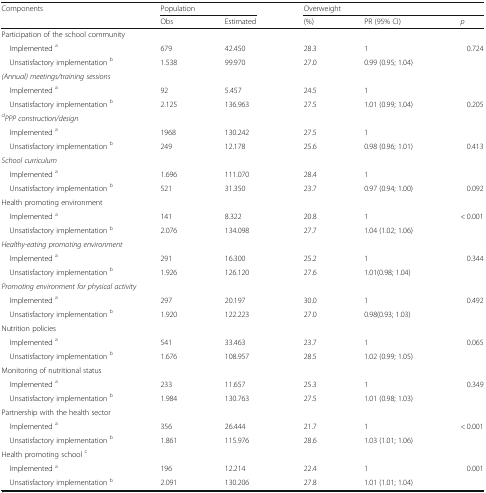
<table><thead><tr><td rowspan="2"><b>Components</b></td><td colspan="2"><b>Population</b></td><td colspan="3"><b>Overweight</b></td></tr><tr><td><b>Obs</b></td><td><b>Estimated</b></td><td><b>(%)</b></td><td><b>PR (95% CI)</b></td><td><b><i>p</i></b></td></tr></thead><tbody><tr><td colspan="6">Participation of the school community</td></tr><tr><td> Implemented <sup>a</sup></td><td>679</td><td>42.450</td><td>28.3</td><td>1</td><td rowspan="2">0.724</td></tr><tr><td> Unsatisfactory implementation <sup>b</sup></td><td>1.538</td><td>99.970</td><td>27.0</td><td>0.99 (0.95; 1.04)</td></tr><tr><td colspan="6"><i>(Annual) meetings/training sessions</i></td></tr><tr><td> Implemented <sup>a</sup></td><td>92</td><td>5.457</td><td>24.5</td><td>1</td><td></td></tr><tr><td> Unsatisfactory implementation <sup>b</sup></td><td>2.125</td><td>136.963</td><td>27.5</td><td>1.01 (0.99; 1.04)</td><td>0.205</td></tr><tr><td colspan="6"><sup>d</sup><i>PPP construction/design</i></td></tr><tr><td> Implemented <sup>a</sup></td><td>1968</td><td>130.242</td><td>27.5</td><td>1</td><td></td></tr><tr><td> Unsatisfactory implementation <sup>b</sup></td><td>249</td><td>12.178</td><td>25.6</td><td>0.98 (0.96; 1.01)</td><td>0.413</td></tr><tr><td colspan="6"><i>School curriculum</i></td></tr><tr><td> Implemented <sup>a</sup></td><td>1.696</td><td>111.070</td><td>28.4</td><td>1</td><td></td></tr><tr><td> Unsatisfactory implementation <sup>b</sup></td><td>521</td><td>31.350</td><td>23.7</td><td>0.97 (0.94; 1.00)</td><td>0.092</td></tr><tr><td colspan="6">Health promoting environment</td></tr><tr><td> Implemented <sup>a</sup></td><td>141</td><td>8.322</td><td>20.8</td><td>1</td><td rowspan="2">&lt; 0.001</td></tr><tr><td> Unsatisfactory implementation <sup>b</sup></td><td>2.076</td><td>134.098</td><td>27.7</td><td>1.04 (1.02; 1.06)</td></tr><tr><td colspan="6"><i>Healthy-eating promoting environment</i></td></tr><tr><td> Implemented <sup>a</sup></td><td>291</td><td>16.300</td><td>25.2</td><td>1</td><td rowspan="2">0.344</td></tr><tr><td> Unsatisfactory implementation <sup>b</sup></td><td>1.926</td><td>126.120</td><td>27.6</td><td>1.01(0.98; 1.04)</td></tr><tr><td colspan="6"><i>Promoting environment for physical activity</i></td></tr><tr><td> Implemented <sup>a</sup></td><td>297</td><td>20.197</td><td>30.0</td><td>1</td><td rowspan="2">0.492</td></tr><tr><td> Unsatisfactory implementation <sup>b</sup></td><td>1.920</td><td>122.223</td><td>27.0</td><td>0.98(0.93; 1.03)</td></tr><tr><td colspan="6">Nutrition policies</td></tr><tr><td> Implemented <sup>a</sup></td><td>541</td><td>33.463</td><td>23.7</td><td>1</td><td rowspan="2">0.065</td></tr><tr><td> Unsatisfactory implementation <sup>b</sup></td><td>1.676</td><td>108.957</td><td>28.5</td><td>1.02 (0.99; 1.05)</td></tr><tr><td colspan="6">Monitoring of nutritional status</td></tr><tr><td> Implemented <sup>a</sup></td><td>233</td><td>11.657</td><td>25.3</td><td>1</td><td rowspan="2">0.349</td></tr><tr><td> Unsatisfactory implementation <sup>b</sup></td><td>1.984</td><td>130.763</td><td>27.5</td><td>1.01 (0.98; 1.03)</td></tr><tr><td colspan="6">Partnership with the health sector</td></tr><tr><td> Implemented <sup>a</sup></td><td>356</td><td>26.444</td><td>21.7</td><td>1</td><td rowspan="2">&lt; 0.001</td></tr><tr><td> Unsatisfactory implementation <sup>b</sup></td><td>1.861</td><td>115.976</td><td>28.6</td><td>1.03 (1.01; 1.06)</td></tr><tr><td colspan="6">Health promoting school <sup>c</sup></td></tr><tr><td> Implemented <sup>a</sup></td><td>196</td><td>12.214</td><td>22.4</td><td>1</td><td rowspan="2">0.001</td></tr><tr><td> Unsatisfactory implementation <sup>b</sup></td><td>2.091</td><td>130.206</td><td>27.8</td><td>1.01 (1.01; 1.04)</td></tr></tbody></table>